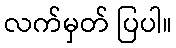
လက်မှတ် ပြပါ။